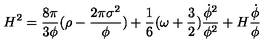
H ^ { 2 } = \frac { 8 { \pi } } { 3 { \phi } } ( { \rho } - \frac { 2 { \pi } { \sigma } ^ { 2 } } { \phi } ) + \frac { 1 } { 6 } ( { \omega } + \frac { 3 } { 2 } ) \frac { { \dot { \phi } } ^ { 2 } } { { \phi } ^ { 2 } } + H \frac { { \dot { \phi } } } { \phi }